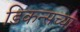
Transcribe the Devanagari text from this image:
डिकन्सच्या